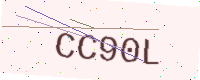
Text: CC90L